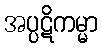
အပ္ပဋိကမ္မာ